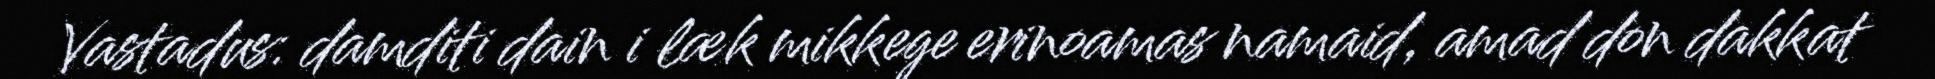
Vastadus: damditi dain i læk mikkege erinoamas namaid, amad don dakkat